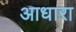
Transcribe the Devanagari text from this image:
आधारा